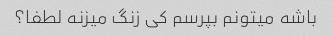
باشه میتونم بپرسم کی زنگ میزنه لطفا؟